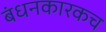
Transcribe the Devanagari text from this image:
बंधनकारकच